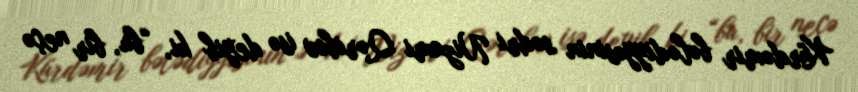
Kürdəmir bələdiyyəsinin sədri Nizami Qəribov isə deyib ki, “bu, bir neçə